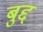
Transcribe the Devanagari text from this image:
बुद्द